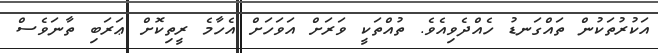
އަކުރުތަކުން ތައްގަނޑު ހެއްދެވިއެވެ. ތުއްތަކީ ވަރަށް އަވަހަށް އެހާމެ ރީތިކޮށް ޢަރަބި ތާނަވެސް